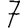
Digit: 7